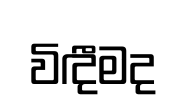
විඳීමද